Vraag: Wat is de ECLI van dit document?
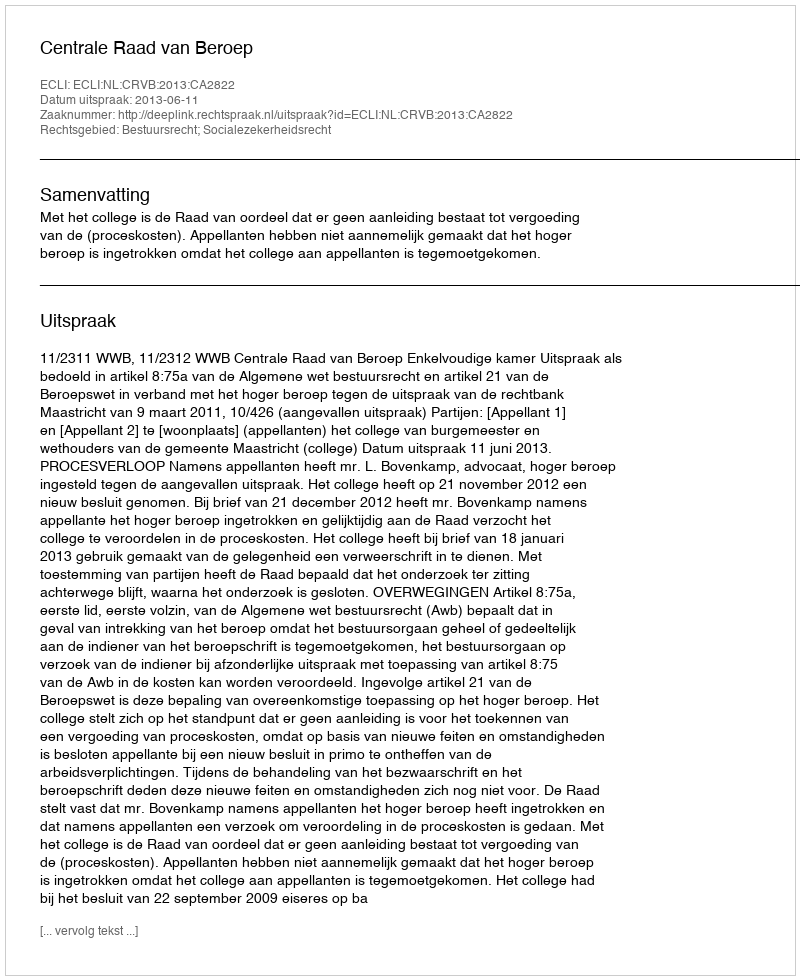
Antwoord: ECLI:NL:CRVB:2013:CA2822